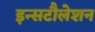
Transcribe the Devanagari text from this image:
इन्सटौलेशन